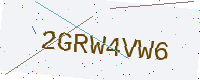
Text: 2GRW4VW6